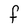
Character: F